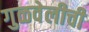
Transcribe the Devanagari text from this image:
गुळवेलीची